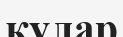
кулар